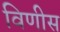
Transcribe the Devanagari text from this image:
विणीस